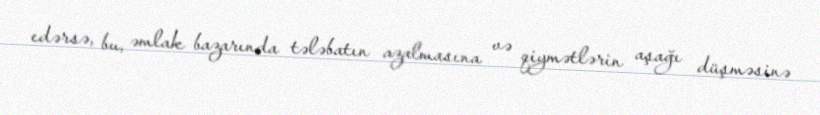
edərsə, bu, əmlak bazarında tələbatın azalmasına və qiymətlərin aşağı düşməsinə